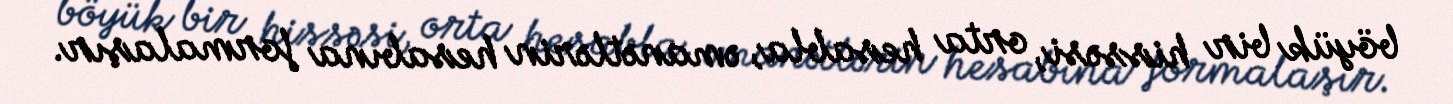
böyük bir hissəsi, orta hesabla, əmanətlərin hesabına formalaşır.